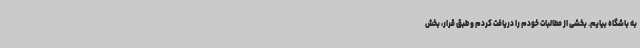
به باشگاه بیایم. بخشی از مطالبات خودم را دریافت کردم و طبق قرار، بخش